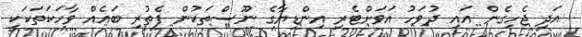
އަދި ޖެހިގެން އައި ދުވަހު އަވަށްޓެރި އިންޑިޔާގެ ނޫސްތަކުން ފެތުރި ބައެއް ވާހަކަތަކަކީ